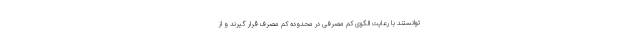
توانستند با رعایت الگوی کم مصرفی در محدوده کم مصرف قرار گیرند و از